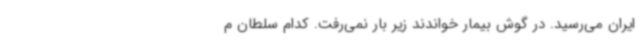
ایران می‌رسید. در گوش بیمار خواندند زیر بار نمی‌رفت. کدام سلطان م